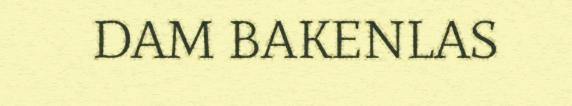
DAM BAKENLAS